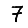
Digit: 7